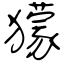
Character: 獴